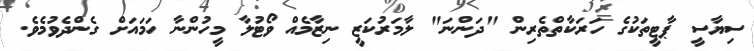
ސިޔާސީ ޕާޓީތަކުގެ ހަރަކާތްތެރިން "ދަންނަ" ލާމަރުކަޒީ ނިޒާމެއް ވޯޓުލާ މީހުންނާ ހަމައަށް ގެންދެވުމެވެ.